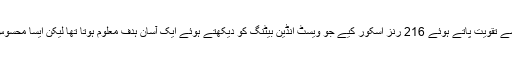
میچ ہوا اور آسٹریلیا نے ڈیوڈ بون کی سنچری سے تقویت پاتے ہوئے 216 رنز اسکور کیے جو ویسٹ انڈین بیٹنگ کو دیکھتے ہوئے ایک آسان ہدف معلوم ہوتا تھا لیکن ایسا محسوس ہوتا تھا کہ ہر چیز پاکستان کے حق میں ہے۔